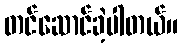
တင်ဆောင်ခဲ့ပါတယ်။